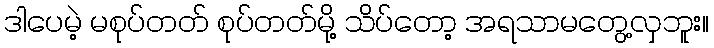
ဒါပေမဲ့ မစုပ်တတ် စုပ်တတ်မို့ သိပ်တော့ အရသာမတွေ့လှဘူး။